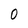
Character: 0